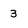
Character: 3